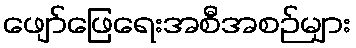
ဖျော်ဖြေရေးအစီအစဉ်များ